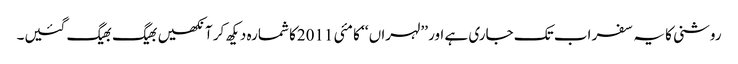
روشنی کا یہ سفر اب تک جاری ہے اور ’’لہراں ‘‘ کا مئی 2011کا شمارہ دیکھ کر آنکھیں بھیگ بھیگ گئیں۔